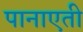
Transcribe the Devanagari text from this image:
पानाएती